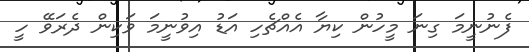
ފެނުނީމަ ގިނަ މީހުން ކިޔާ އެއްޗެހި އަޑު އިވުނީމަ ވަކިން ދެރަވޭ ހީ